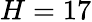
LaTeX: H=17